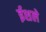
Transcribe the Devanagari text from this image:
ईशले